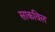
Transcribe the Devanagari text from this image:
साकविल